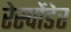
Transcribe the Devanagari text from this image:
रेस्पोंडेर